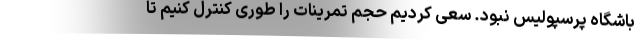
باشگاه پرسپولیس نبود. سعی کردیم حجم تمرینات را طوری کنترل کنیم تا